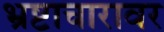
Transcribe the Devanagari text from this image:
भ्रष्टाचारावर